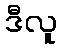
ဒီလူ